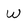
Character: W